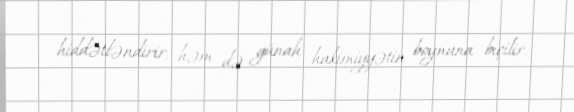
hiddətləndirir, həm də günah hakimiyyətin boynuna biçilir.